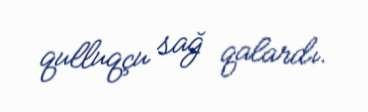
qulluqçu sağ qalardı.